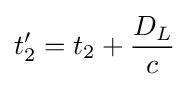
t_{2}'=t_{2}+{\frac {D_{L}}{c}}